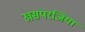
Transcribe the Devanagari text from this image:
खसपरजिया